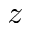
z